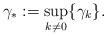
LaTeX: \begin{align*} \gamma_*:=\sup_{k\neq0}\{\gamma_k\}. \end{align*}